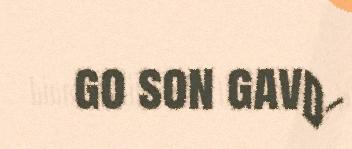
go son gavd-